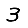
Digit: 3